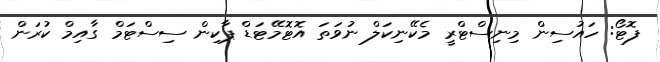
ފޮޓޯ: ހައުސިން މިނިސްޓްރީ މެކޭނިކަލް ނުވަތަ އޮޓޮމޭޓަޑް ޕާކިން ސިސްޓަމް ގާއިމް ކުރަން